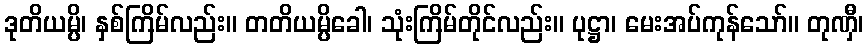
ဒုတိယမ္ပိ၊ နှစ်ကြိမ်လည်း။ တတိယမ္ပိခေါ၊ သုံးကြိမ်တိုင်လည်း။ ပုဋ္ဌာ၊ မေးအပ်ကုန်သော်။ တုဏှီ၊